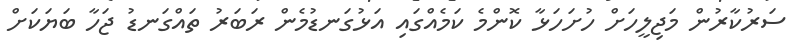
ސަރުކާރުން މަޖިލީހަށް ހުށަހަޅާ ކޮންމެ ކަމެއްގައި އަޅުގަނޑުމެން ރަބަރު ތައްގަނޑު ޖަހާ ބަޔަކަށް